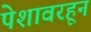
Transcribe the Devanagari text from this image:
पेशावरहून